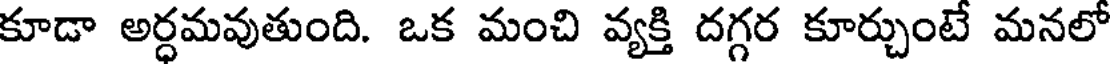
కూడా అర్ధమవుతుంది. ఒక మంచి వ్యక్తి దగ్గర కూర్చుంటే మనలో